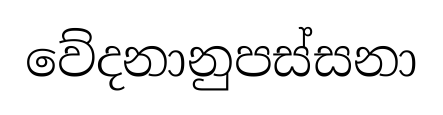
වේදනානුපස්සනා